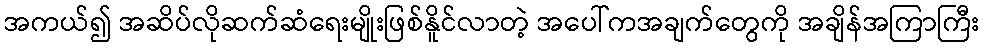
အကယ်၍ အဆိပ်လိုဆက်ဆံရေးမျိုးဖြစ်နိူင်လာတဲ့ အပေါ်ကအချက်တွေကို အချိန်အကြာကြီး